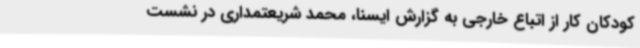
کودکان کار از اتباع خارجی به گزارش ایسنا، محمد شریعتمداری در نشست